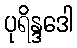
ပုရိန္ဒဒေါ